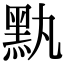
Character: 𪐟